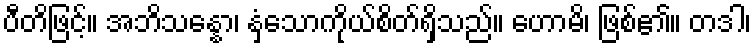
ပီတိဖြင့်။ အဘိသန္နော၊ နှံ့သောကိုယ်စိတ်ရှိသည်။ ဟောမိ၊ ဖြစ်၏။ တဒါ၊